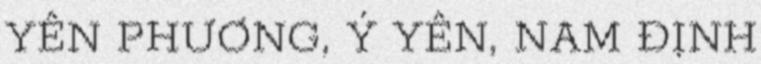
YÊN PHƯƠNG, Ý YÊN, NAM ĐỊNH